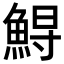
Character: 𩷥